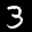
Label: 3